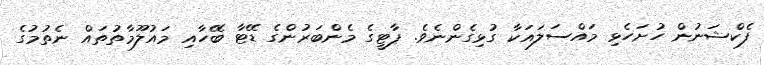
ފެކްޝަނުން ހުށަހެޅި މައްސަލައަކާ ގުޅިގެންނެވެ. ޕާޓީގެ މެންބަރުންގެ ޑޭޓާ ބޭހާއި މައުލޫމާތުތައް ނެތުމުގެ